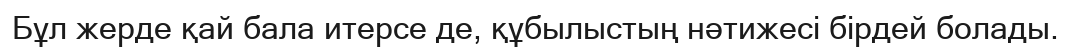
Бұл жерде қай бала итерсе де, құбылыстың нәтижесі бірдей болады.